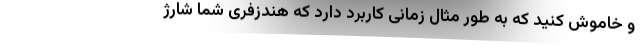
و خاموش کنید که به طور مثال زمانی‌ کاربرد دارد که هندزفری شما شارژ